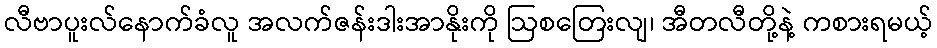
လီဗာပူးလ်နောက်ခံလူ အလက်ဇန်းဒါးအာနိုးကို ဩစတြေးလျ၊ အီတလီတို့နဲ့ ကစားရမယ့်